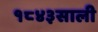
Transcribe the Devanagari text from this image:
१८४३साली